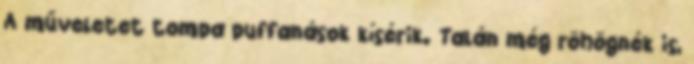
A műveletet tompa puffanások kísérik. Talán még röhögnék is,